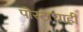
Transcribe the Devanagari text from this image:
पोस्टाचाही